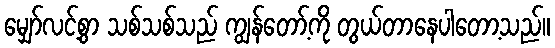
မျှော်လင့်စွာ သစ်သစ်သည် ကျွန်တော့်ကို တွယ်တာနေပါတော့သည်။